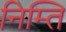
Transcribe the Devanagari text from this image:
निम्ति